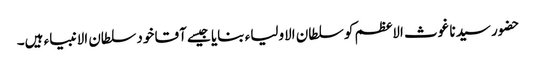
حضور سیدنا غوث الاعظم کو سلطان الاولیاء بنایا جیسے آقا خود سلطان الانبیاء ہیں۔